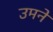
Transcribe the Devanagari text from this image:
उमने